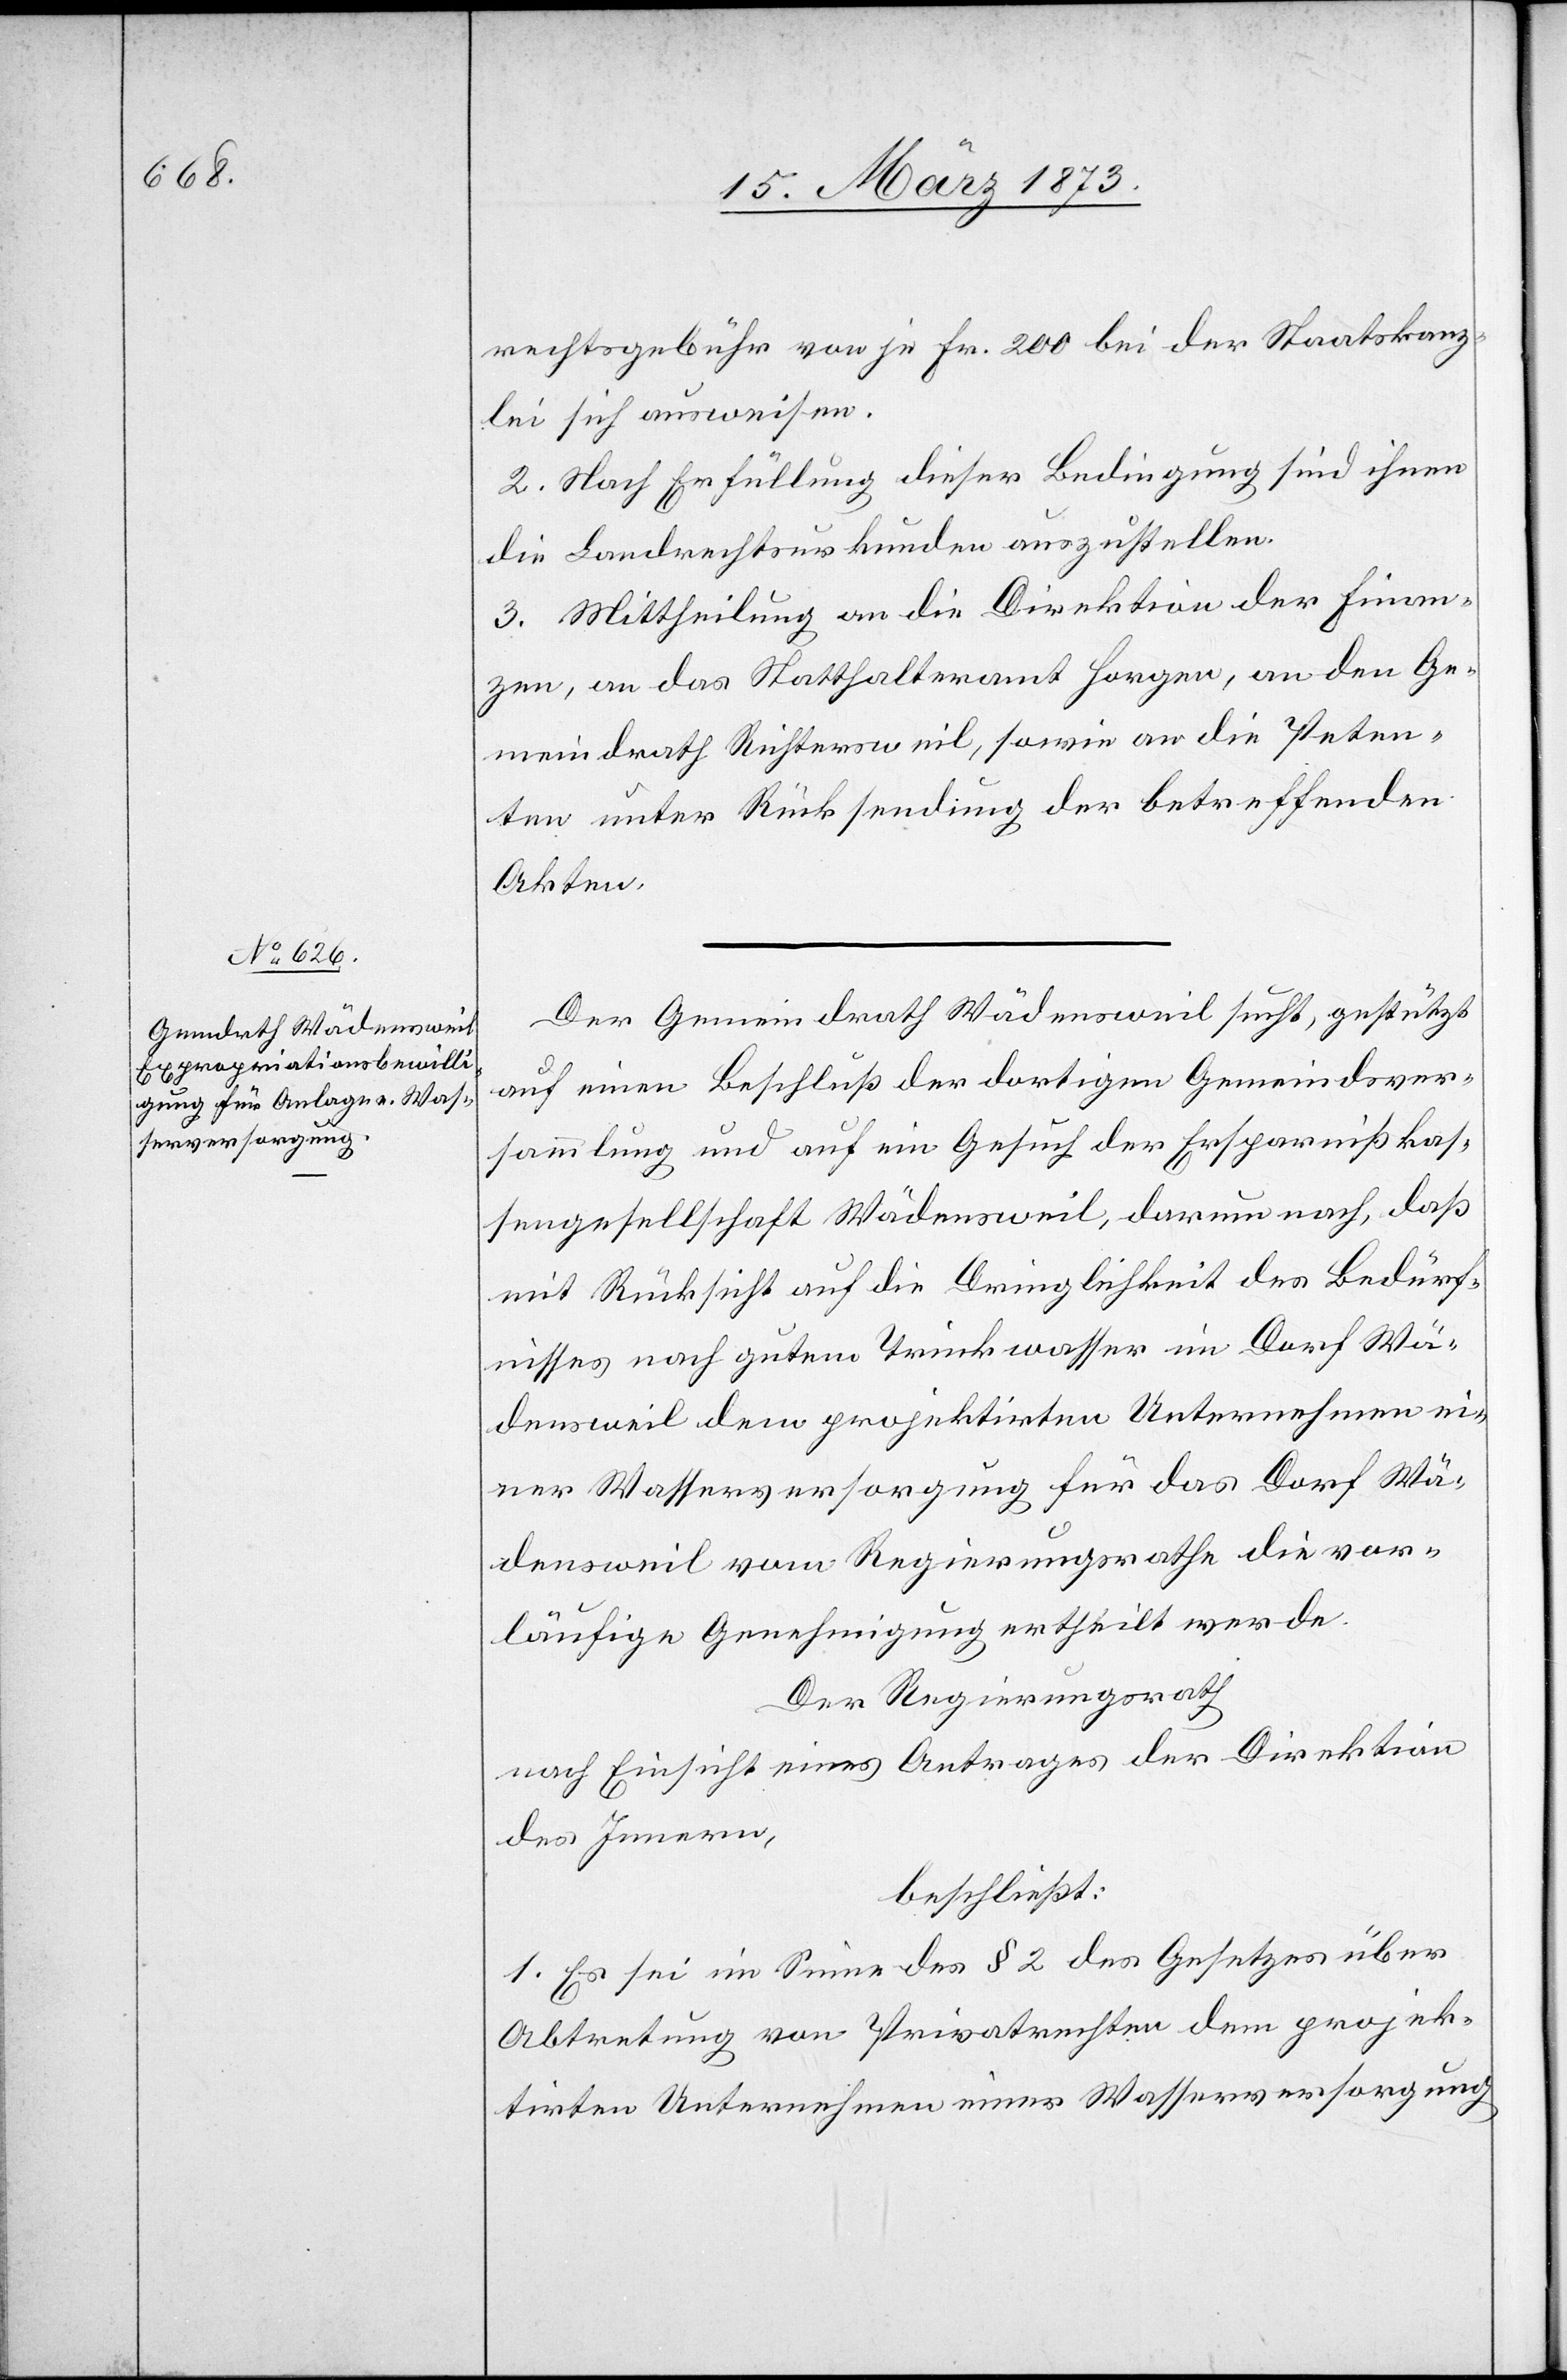
rechtsgebühr vor je Fr. 200 bei der Staatskanz¬
lei sich ausweisen.
2. Nach Erfüllung dieser Bedingung sind ihnen
die Landrechtsurkunden auszustellen.
3. Mittheilung an die Direktion des Inn¬
ern, an das Statthalteramt Horgen, an den Ge¬
meindrath Richtersweil, sowie an die Peten¬
ten unter Rücksendung der betreffenden
Akten.
Der Gemeindrath Wädensweil sucht, gestützt
auf einen Beschluß der dortigen Gemeindsver¬
sammlung und auf ein Gesuch der Ersprarnißkas¬
sengesellschaft Wädensweil, darum nach, daß
mit Rücksicht auf die Dringlichkeit des Bedürf¬
nisses nach gutem Trinkwasser im Dorf Wä¬
densweil dem projektirten Unternehmen ei¬
ner Wasserversorgung für das Dorf Wä¬
densweil vom Regierungsrathe die vor¬
läufige Genehmigung ertheilt werde.
Der Regierungsrath
nach Einsicht eines Antrages der Direktion
des Innern,
beschließt:
1. Es sei im Sinne des § 2 des Gesetzes über
Abtretung von Privatrechten dem projek¬
tirten Unternehmen einer Wasserversorgung